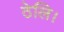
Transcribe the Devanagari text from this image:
ठेलि।